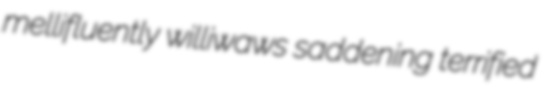
mellifluently williwaws saddening terrified